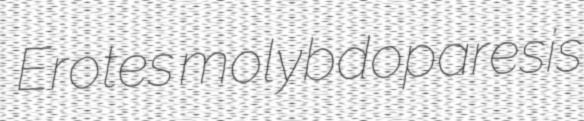
Erotes molybdoparesis